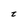
Character: t